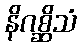
နိဂစ္ဆိသံ